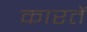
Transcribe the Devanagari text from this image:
कारतें